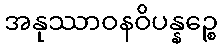
အနုဿာဝနဝိပန္နဉ္စေ